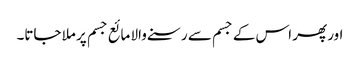
اور پھر اس کے جسم سے رسنے والا مائع جسم پر ملا جاتا۔